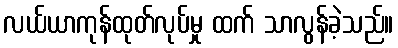
လယ်ယာကုန်ထုတ်လုပ်မှု ထက် သာလွန်ခဲ့သည်။